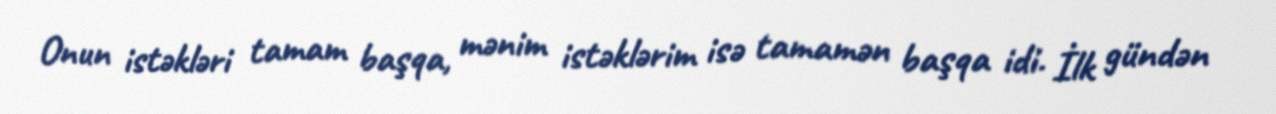
Onun istəkləri tamam başqa, mənim istəklərim isə tamamən başqa idi. İlk gündən